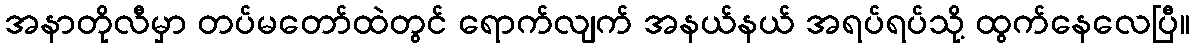
အနာတိုလီမှာ တပ်မတော်ထဲတွင် ရောက်လျက် အနယ်နယ် အရပ်ရပ်သို့ ထွက်နေလေပြီ။